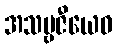
အသဗ္ဗဇီယေဝ